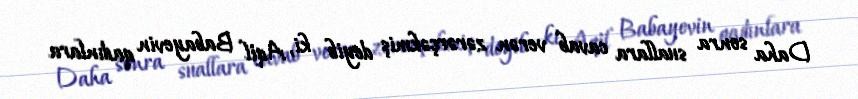
Daha sonra suallara cavab verən zərərçəkmiş deyib ki, Aqil Babayevin qadınlara